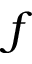
f